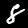
Label: 8